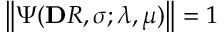
\left\| \Psi ( \mathbf Ḋ R Ḍ , \pmb Ḋ \sigma Ḍ ; \lambda , \mu ) \right\| = 1